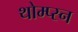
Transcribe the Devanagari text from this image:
थोम्प्स्न